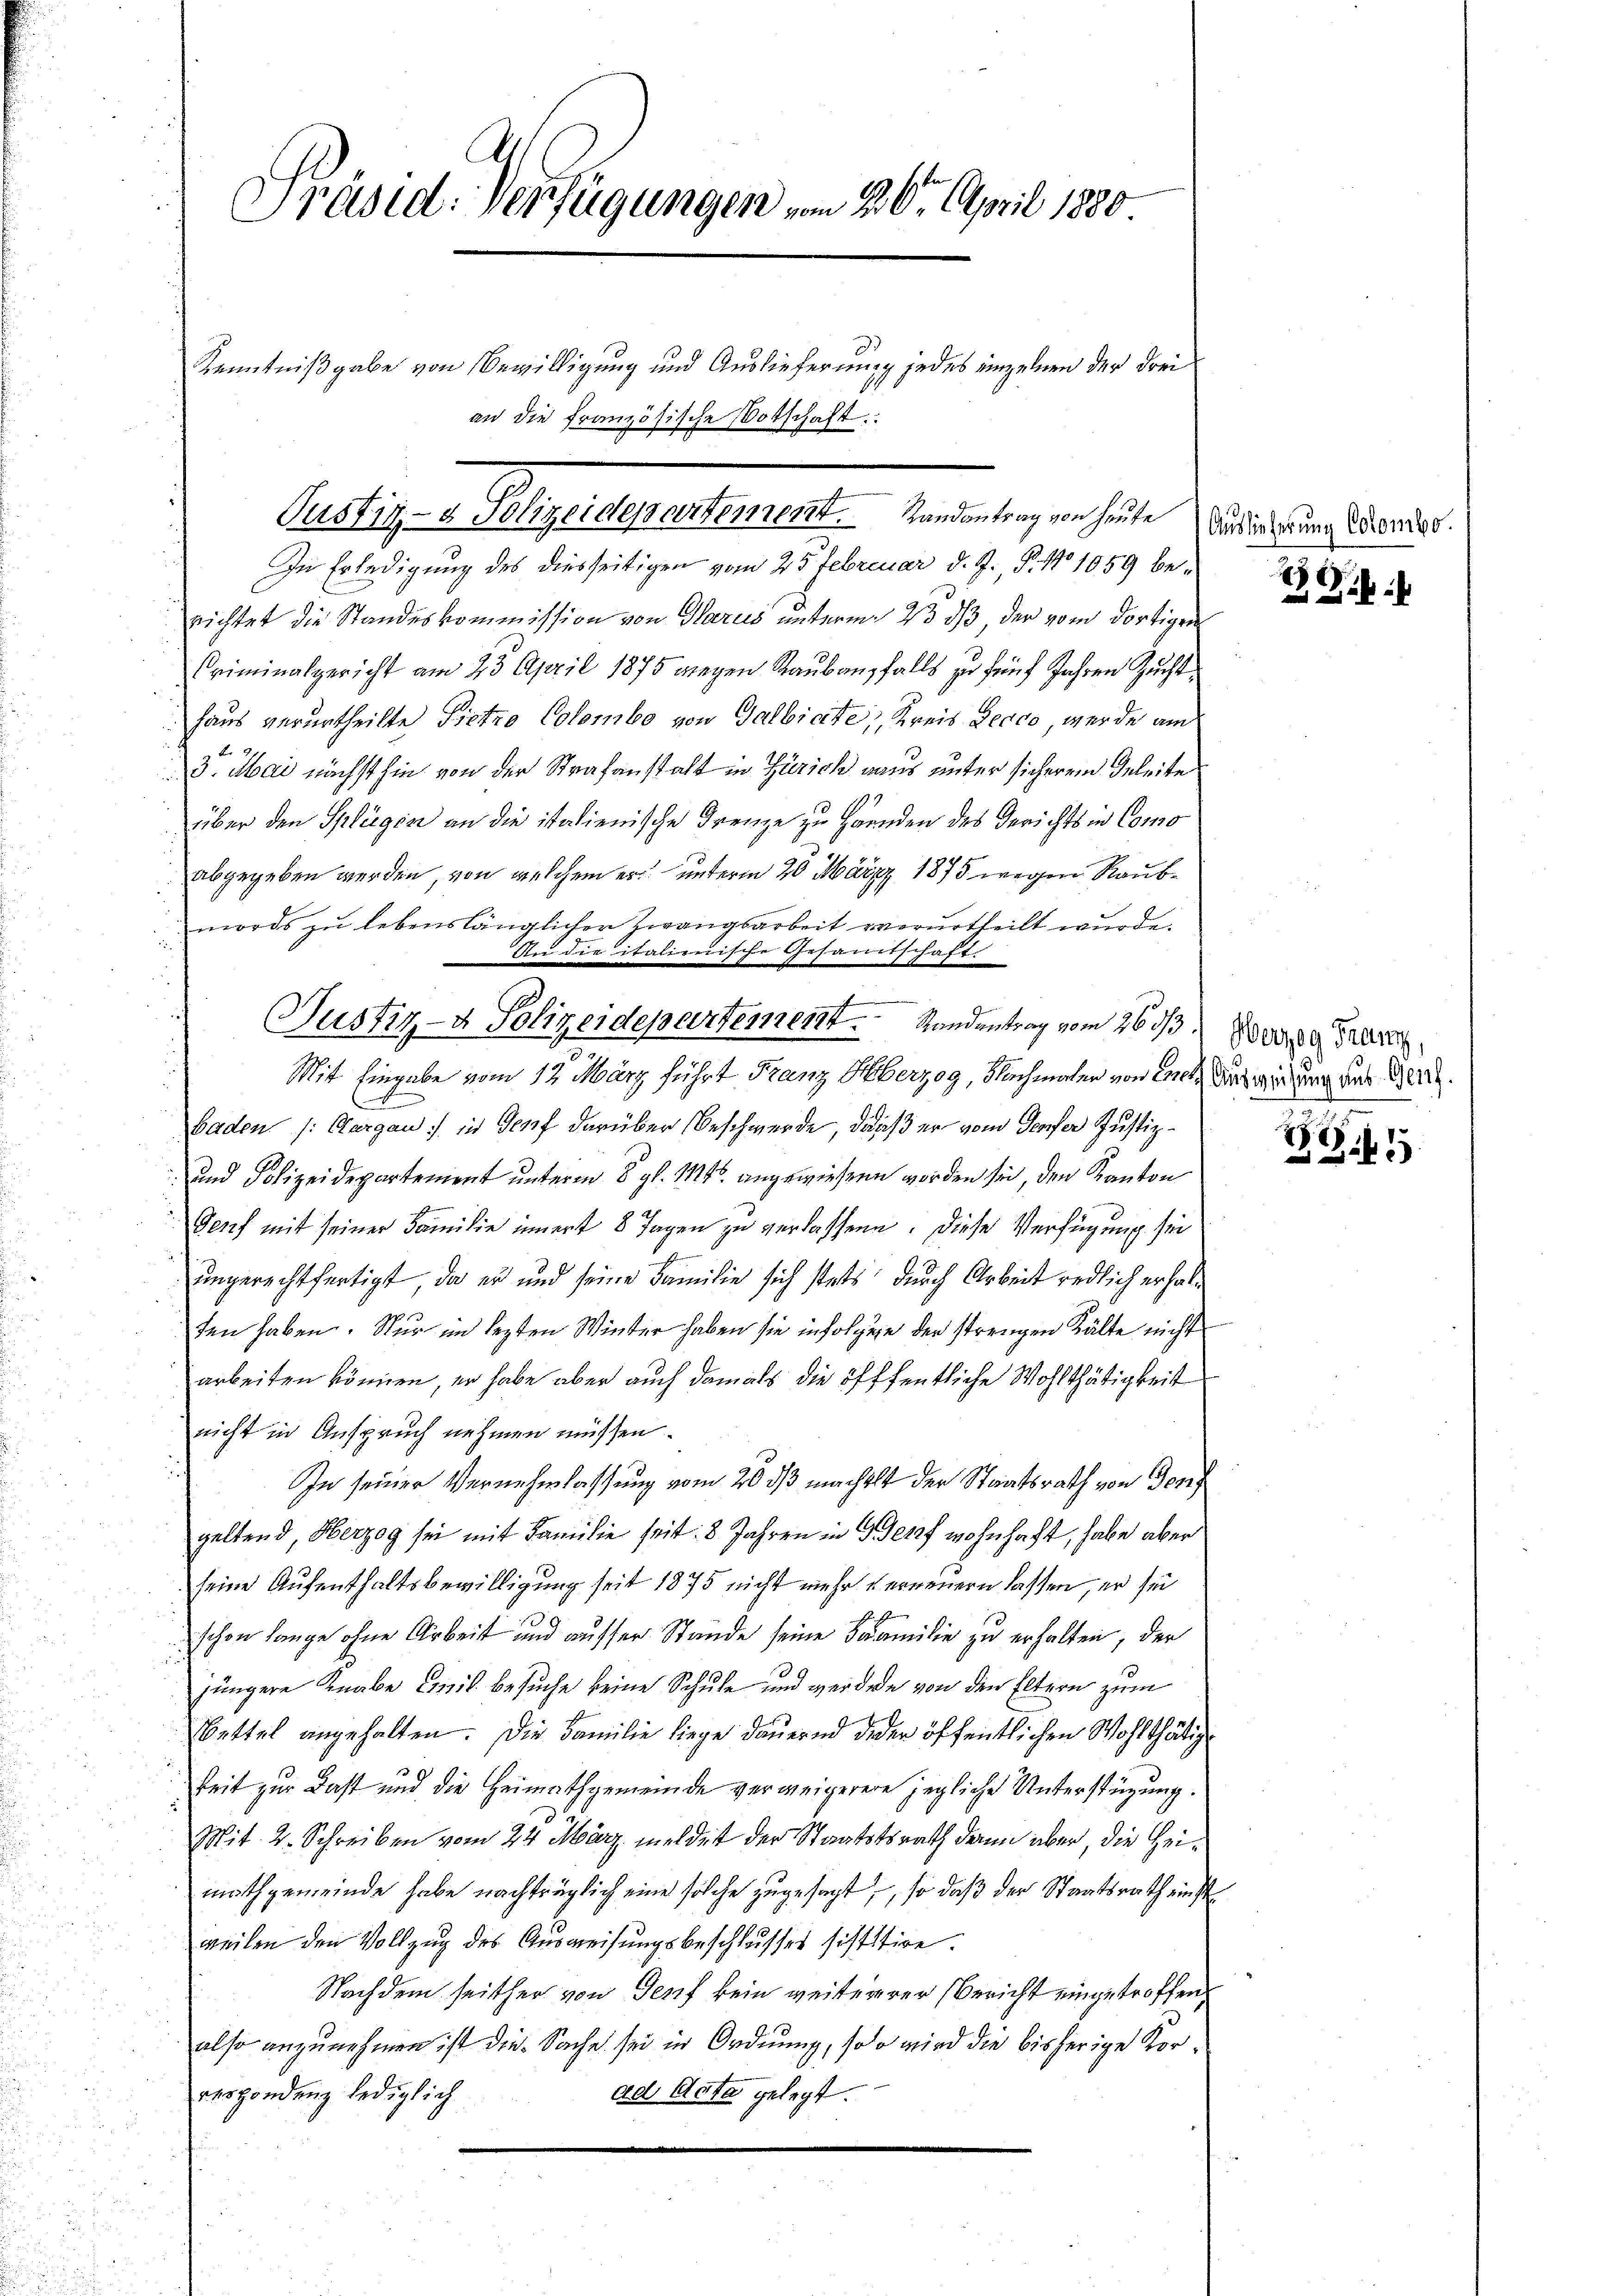
Präsid. Verfügungen vom 26. April 1880
Kenntnißgabe von Bewilligung und Auslieferung jedes einzelnen der drei
an die französische Botschaft

billigen legenselbe selbe benunteren haben

In Erledigung des diesseitigen vom 25 Februar d. J. P. No 1059 berichtet die Standeskommission von Glarus unterm 23. ds, der vom dortigen
Criminalgericht am 23. April 1875 wegen Raubanfalls zu fünf Jahren Zucht
haus verurtheilte Pietro Colombe von Galbiete, Kreis Lecco, werde auch
3. Mai nächst hin von der Strafanstalt in Zürich aus unter sicherem Geleite
über den Splügen an die italienische Frenze zu Händen des Gerichts in Como
abgegeben werden, von welchem er unterm 20. März 1875 wegen Raubmords zu lebenslänglicher Zwangsarbeit verurtheilt wurde.
Mit Eingabe vom 12. März führt Franz Herzog, Nachmaler von 20. Aus wir hier aus Geri
Baden /: Aargau in Genf darüber Beschwerde, dass er vom Genfer Justiz¬
und Polizeidepartement unterm 8. gl. Mts. angewiesen worden sie, den Kanton
Senf mit seiner Familie innert 8 Tagen zu verlassene. Diese Verfügung sei
1
ungerechtfertigt, da er und seine Familie sich stets durch Arbeit redlich erhalten haben. Nur im lezten Winter haben sie infolgen der strengen Kälte nicht
arbeiten können, er habe aber auch damals die öfffentliche Wohlthätigkeit
nicht in Anspruch nehmen müssen.
In seiner Vernehmlassung vom 26. ds machelt der Staatsrath von Don
geltend, Herzog sei mit Familie seit 8 Jahren in Genf wohnhaft, habe aber
seine Aufenthaltsbewilligung seit 1875 nicht mehr verneuern lassen, er sie
schon lange ohne Arbeit und ausser Stande seine Familie zu erhalten, der
jüngere Knabe Emil Besuche keine Schule und werden von den Eltern zum
Bettel angehalten. Die Familie liege dauernd deder öffentlichen Wohlthätig
keit zur Last und die Heimathgemeinde verweigerere jegliche Unterstüzung.
Mit 2. Schreiben vom 24. März, meldet der Staatstsrath dann aber, die Heimathgemeinde habe nachträglich eine solche zugesagt, so daß der Staatsrath einst
weilen den Vollzug des Aŭsweisungsbeschlusses sistitire.
Nachdem seither von Genf kein weitererer Bericht eingetroffen,
also anzunehmen ist die Sache sei in Ordnung, soo wird die bisherige Korrespondenz lediglich
ad Acta gelegt.

An die italienische Gesamtschaft.
Justiz- & Polizeidepartement. Landentrag vom 26 ds Werte Gross

Auslieferung Colombo.

i

85